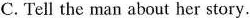
C. Tell the man about her story.